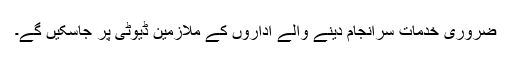
ضروری خدمات سرانجام دینے والے اداروں کے ملازمین ڈیوٹی پر جاسکیں گے۔